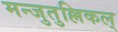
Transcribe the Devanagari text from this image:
मन्जुतुल्लिकल्